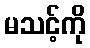
မသင့်ကို